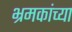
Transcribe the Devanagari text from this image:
भ्रमकांच्या